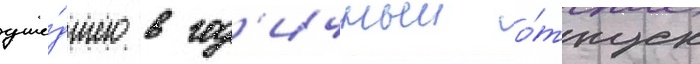
уше́дшего в год'ичныи о́тпуск